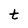
Character: t